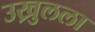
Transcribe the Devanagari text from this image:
उख्रुलला